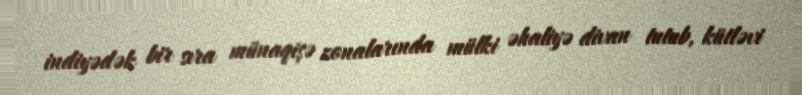
indiyədək bir sıra münaqişə zonalarında mülki əhaliyə divan tutub, kütləvi